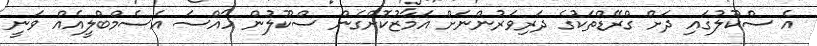
އެ ސްކޫލުގައި ދަށް ގްރޭޑްތަކުގެ ދަރިވަރުންނަށް އަމާޒުކޮށްގެން ސްކޫލުން ހާއްސަ އެސެމްބްލީއެއް ވަނީ